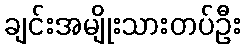
ချင်းအမျိုးသားတပ်ဦး